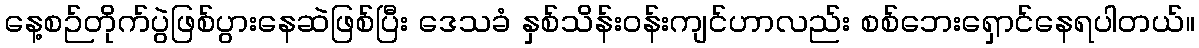
နေ့စဉ်တိုက်ပွဲဖြစ်ပွားနေဆဲဖြစ်ပြီး ဒေသခံ နှစ်သိန်းဝန်းကျင်ဟာလည်း စစ်ဘေးရှောင်နေရပါတယ်။